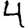
Digit: 4